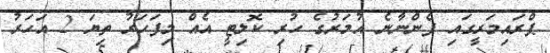
ޕްރައިމަރީގައި ފެންނާނެ އުމަރުގެ ހުރި ކޮލިޓީ އެއް މިފަހަރު ތިޔަ 2 އަހަރު